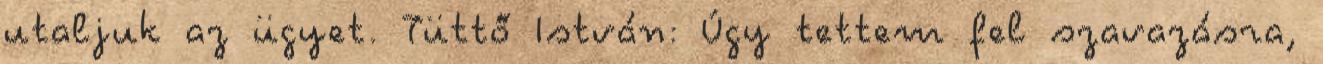
utaljuk az ügyet. Tüttő István: Úgy tettem fel szavazásra,